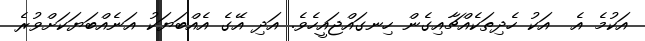
އަކުމެ އެ  އަކު ހެދިތަކެއްޗާއިގެން ހިނގައްޖައީހެެވެ. އަދި އޭގެ އެއްބަޔަކު އަނެއްބަޔަކަށްވުރެ